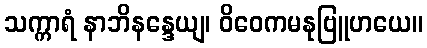
သက္ကာရံ နာဘိနန္ဒေယျ၊ ဝိဝေကမနုဗြူဟယေ။